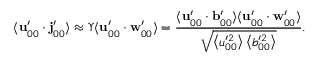
\langle \mathbf { u } _ { 0 0 } ^ { \prime } \cdot \mathbf { j } _ { 0 0 } ^ { \prime } \rangle \approx \Upsilon \langle \mathbf { u } _ { 0 0 } ^ { \prime } \cdot \mathbf { w } _ { 0 0 } ^ { \prime } \rangle = \frac { \langle \mathbf { u } _ { 0 0 } ^ { \prime } \cdot \mathbf { b } _ { 0 0 } ^ { \prime } \rangle \langle \mathbf { u } _ { 0 0 } ^ { \prime } \cdot \mathbf { w } _ { 0 0 } ^ { \prime } \rangle } { \sqrt { \left\langle u _ { 0 0 } ^ { \prime 2 } \right\rangle \left\langle b _ { 0 0 } ^ { \prime 2 } \right\rangle } } .